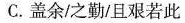
C.盖余/之勤/且艰若此